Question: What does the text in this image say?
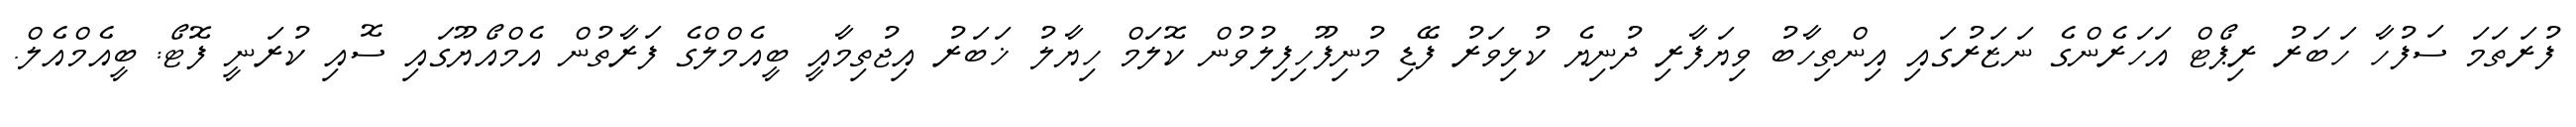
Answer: ފުރަތަމަ ސަފުހާ ހަބަރު ރިޕޯޓް އަހަރެންގެ ނަޒަރުގައި އިންތިހާބު ވިޔަފާރި ދުނިޔެ ކުޅިވަރު ފޭޑި މުނިފޫހިފިލުވުން ކޮލަމް ހިޔާލު ޚަބަރު އިޖުތިމާއީ ބީއެމްލްގެ ފަރާތުން އެމްއޯޔޫގައި ސޮއި ކުރަނީ ފޮޓޯ: ބީއެމްއެލް.